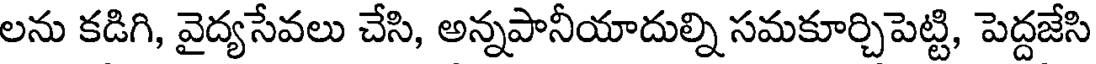
లను కడిగి, వైద్యసేవలు చేసి, అన్నపానీయాదుల్ని సమకూర్చిపెట్టి, పెద్దజేసి